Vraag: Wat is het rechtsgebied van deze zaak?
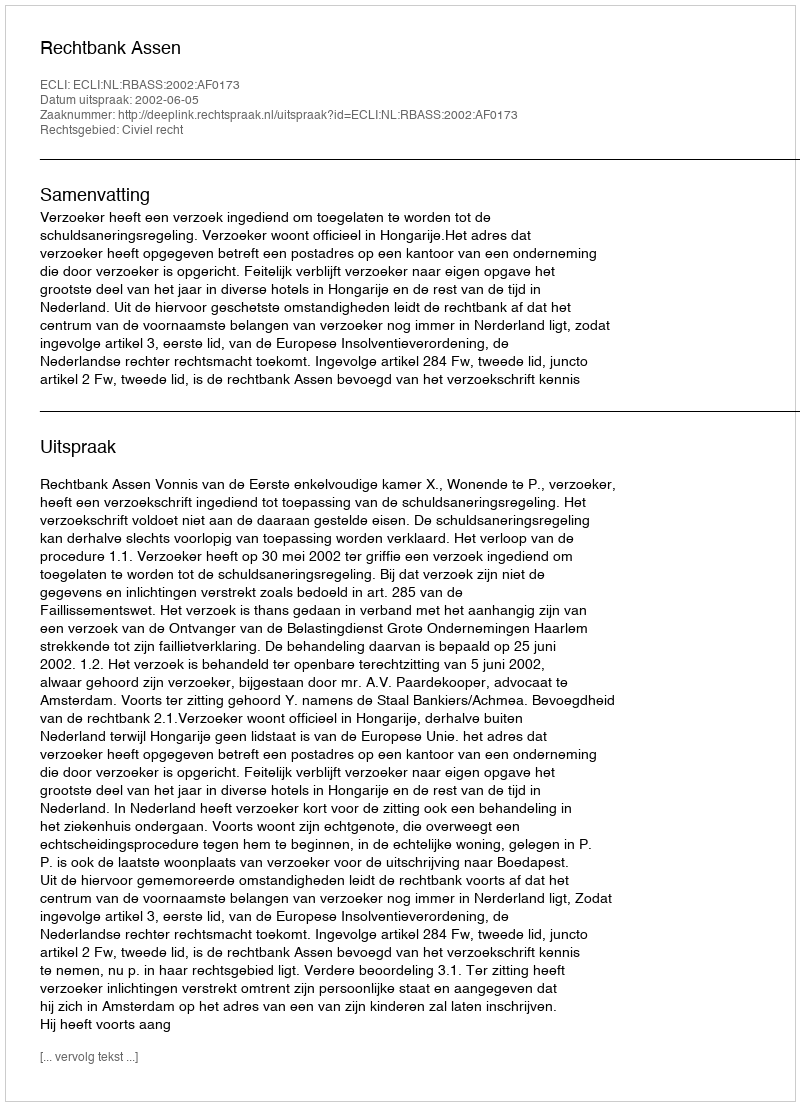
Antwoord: Civiel recht